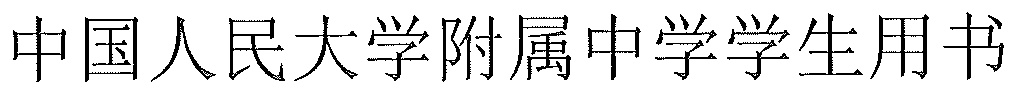
中国人民大学附属中学学生用书